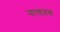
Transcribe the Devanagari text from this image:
नाचतच